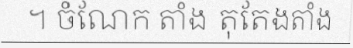
។ ចំណែក តាំង តុតែងតាំង